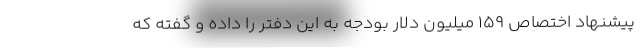
پیشنهاد اختصاص ۱۵۹ میلیون دلار بودجه به این دفتر را داده و گفته که